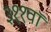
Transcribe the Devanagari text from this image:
३११वॉ